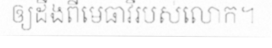
ឲ្យដឹងពីមេធាវីរបស់លោក។